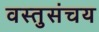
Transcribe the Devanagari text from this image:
वस्तुसंचय